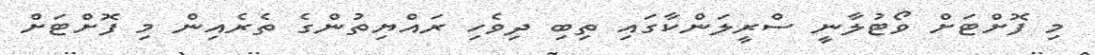
މި ފޮށްޓަށް ވޯޓުލާނީ ސްރީލަންކާގައި ތިބި ދިވެހި ރައްޔިތުންގެ ތެރެއިން މި ފޮށްޓަށް